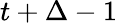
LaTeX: t+\Delta-1